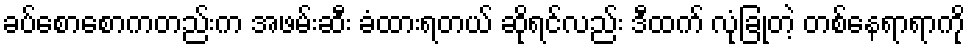
ခပ်စောစောကတည်းက အဖမ်းဆီး ခံထားရတယ် ဆိုရင်လည်း ဒီထက် လုံခြုံတဲ့ တစ်နေရာရာကို